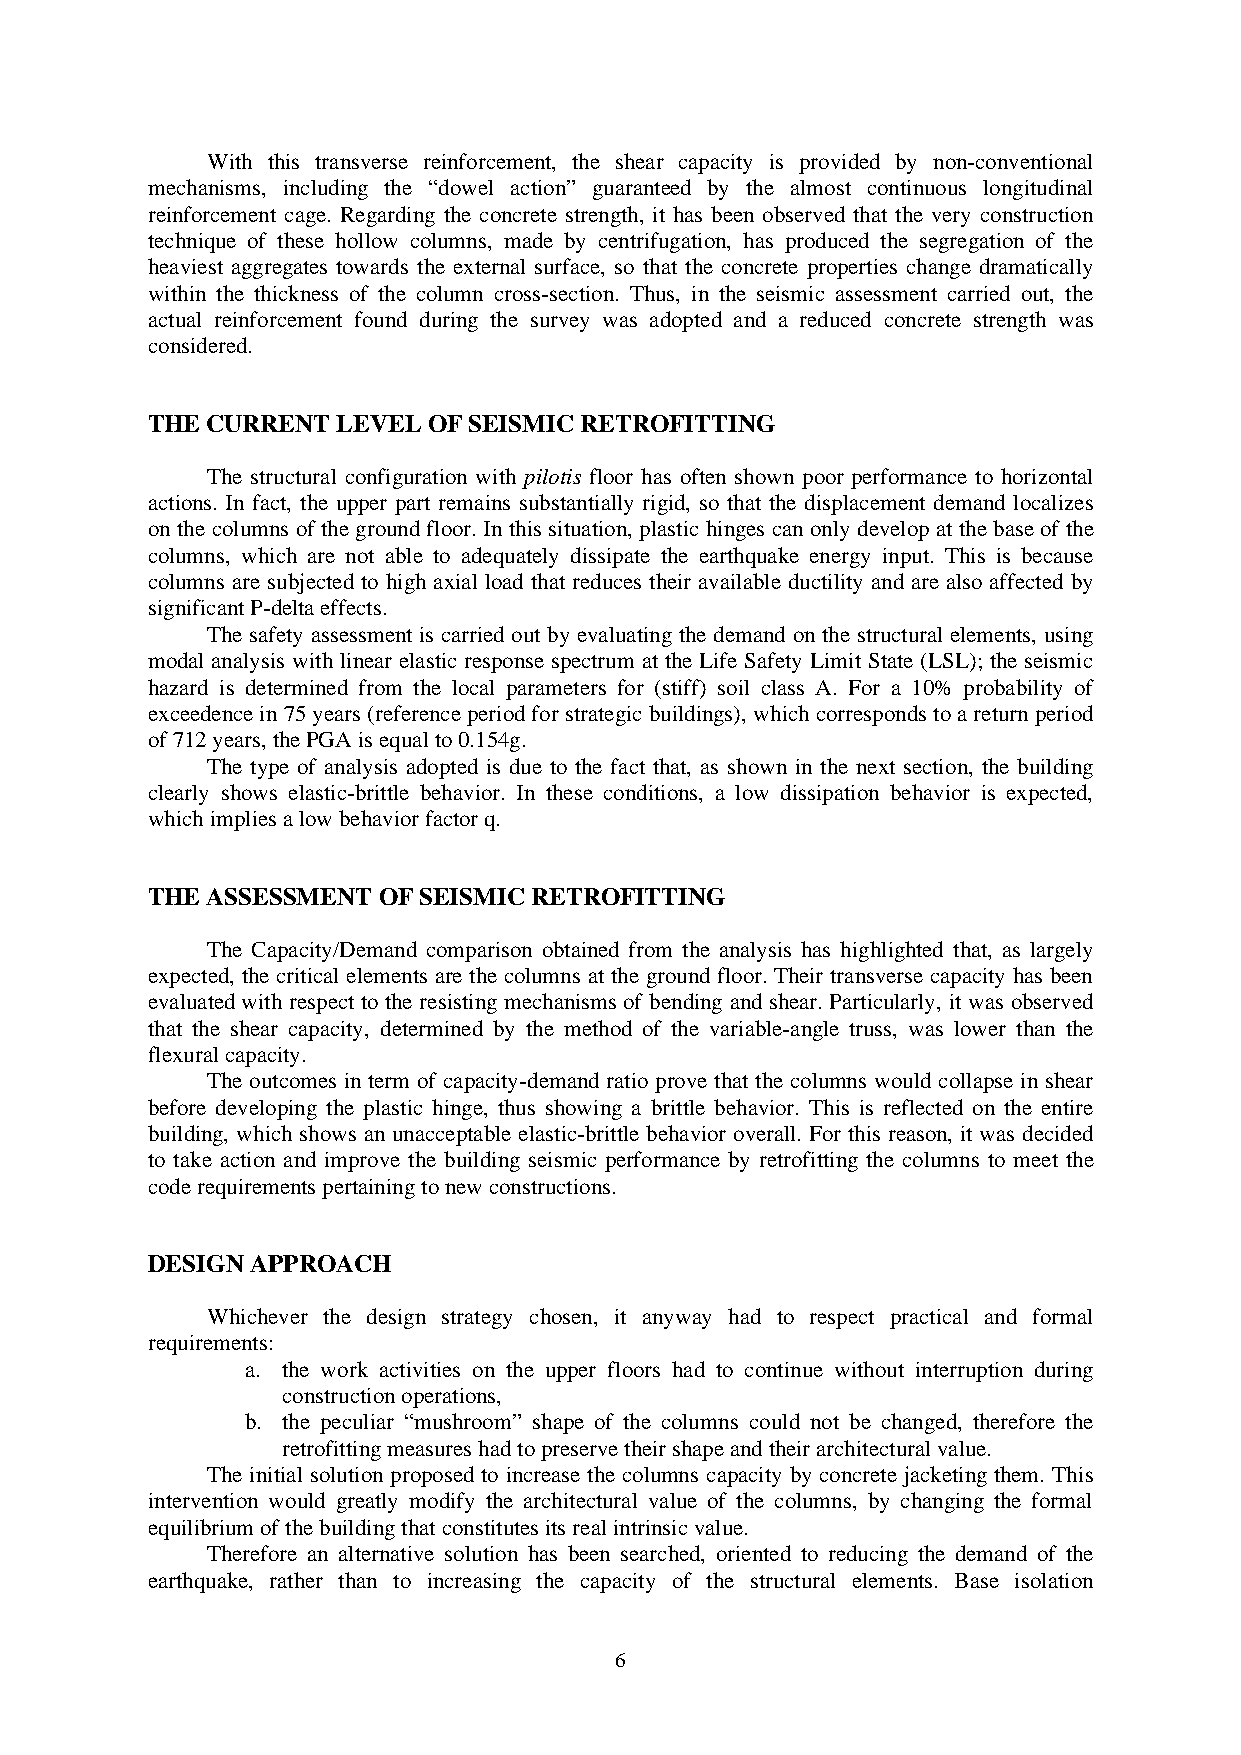
With this transverse reinforcement, the shear capacity is provided by non-conventional
 mechanisms, including the “dowel action” guaranteed by the almost continuous longitudinal
 reinforcement cage. Regarding the concrete strength, it has been observed that the very construction
 technique of these hollow columns, made by centrifugation, has produced the segregation of the
 heaviest aggregates towards the external surface, so that the concrete properties change dramatically
 within the thickness of the column cross-section. Thus, in the seismic assessment carried out, the
 actual reinforcement found during the survey was adopted and a reduced concrete strength was
 considered.
 THE CURRENT LEVEL OF SEISMIC RETROFITTING
 The structural configuration with pilotis floor has often shown poor performance to horizontal
 actions. In fact, the upper part remains substantially rigid, so that the displacement demand localizes
 on the columns of the ground floor. In this situation, plastic hinges can only develop at the base of the
 columns, which are not able to adequately dissipate the earthquake energy input. This is because
 columns are subjected to high axial load that reduces their available ductility and are also affected by
 significant P-delta effects.
 The safety assessment is carried out by evaluating the demand on the structural elements, using
 modal analysis with linear elastic response spectrum at the Life Safety Limit State (LSL); the seismic
 hazard is determined from the local parameters for (stiff) soil class A. For a 10% probability of
 exceedence in 75 years (reference period for strategic buildings), which corresponds to a return period
 of 712 years, the PGA is equal to 0.154g.
 The type of analysis adopted is due to the fact that, as shown in the next section, the building
 clearly shows elastic-brittle behavior. In these conditions, a low dissipation behavior is expected,
 which implies a low behavior factor q.
 THE ASSESSMENT OF SEISMIC RETROFITTING
 The Capacity/Demand comparison obtained from the analysis has highlighted that, as largely
 expected, the critical elements are the columns at the ground floor. Their transverse capacity has been
 evaluated with respect to the resisting mechanisms of bending and shear. Particularly, it was observed
 that the shear capacity, determined by the method of the variable-angle truss, was lower than the
 flexural capacity.
 The outcomes in term of capacity-demand ratio prove that the columns would collapse in shear
 before developing the plastic hinge, thus showing a brittle behavior. This is reflected on the entire
 building, which shows an unacceptable elastic-brittle behavior overall. For this reason, it was decided
 to take action and improve the building seismic performance by retrofitting the columns to meet the
 code requirements pertaining to new constructions.
 DESIGN APPROACH
 Whichever the design strategy chosen, it anyway had to respect practical and formal
 requirements:
 a. the work activities on the upper floors had to continue without interruption during
 construction operations,
 b. the peculiar “mushroom” shape of the columns could not be changed, therefore the
 retrofitting measures had to preserve their shape and their architectural value.
 The initial solution proposed to increase the columns capacity by concrete jacketing them. This
 intervention would greatly modify the architectural value of the columns, by changing the formal
 equilibrium of the building that constitutes its real intrinsic value.
 Therefore an alternative solution has been searched, oriented to reducing the demand of the
 earthquake, rather than to increasing the capacity of the structural elements. Base isolation
 6